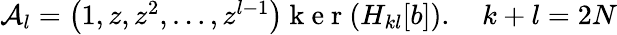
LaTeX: \begin{array}{r}{\mathcal{A}_{l}=\left(1,z,z^{2},\ldots,z^{l-1}\right)\mathrm{~k~e~r~}(H_{kl}[b]).\quad k+l=2N}\end{array}